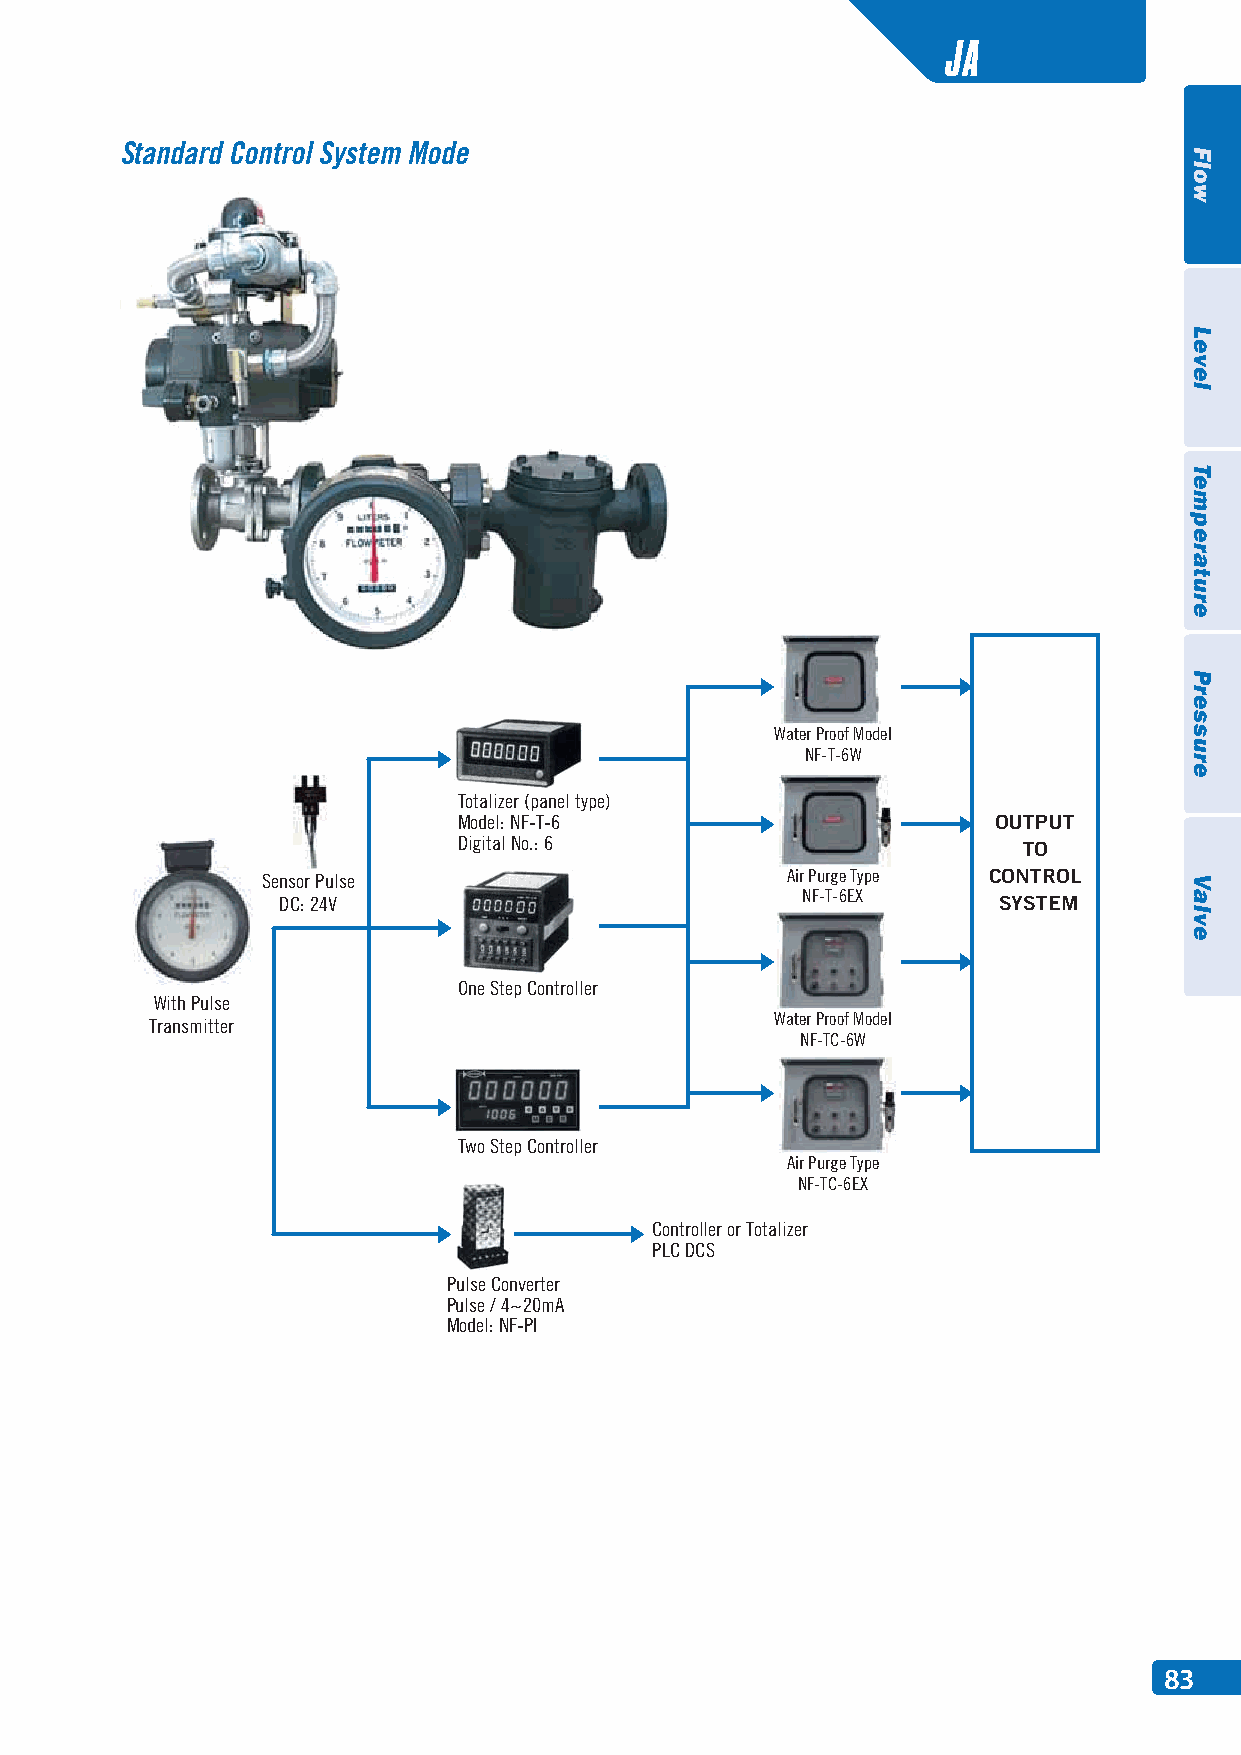
JA
 Standard Control System Mode
 Water Proof Model
 NF-T-6W
 Totalizer (panel type)
 Model: NF-T-6                       OUTPUT
 Digital No.: 6
 TO
 Sensor Pulse                       Air Purge Type CONTROL
 NF-T-6EX
 DC: 24V                                         SYSTEM
 One Step Controller
 With Pulse
 Transmitter                              Water Proof Model
 NF-TC-6W
 Two Step Controller
 Air Purge Type
 NF-TC-6EX
 Controller or Totalizer
 PLC DCS
 Pulse Converter
 Pulse / 4~20mA
 Model: NF-PI
 83
 Flow
 Level
 Temperature
 Pressure
 Valve